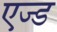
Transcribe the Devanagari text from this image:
एज्ड